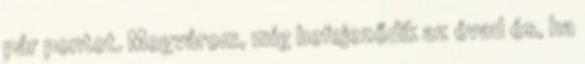
pár pontot. Megvárom, míg befejeződik az évad és, ha